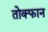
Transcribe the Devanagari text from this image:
तोक्फान